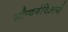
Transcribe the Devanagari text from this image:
सौन्दर्यविज्ञानी